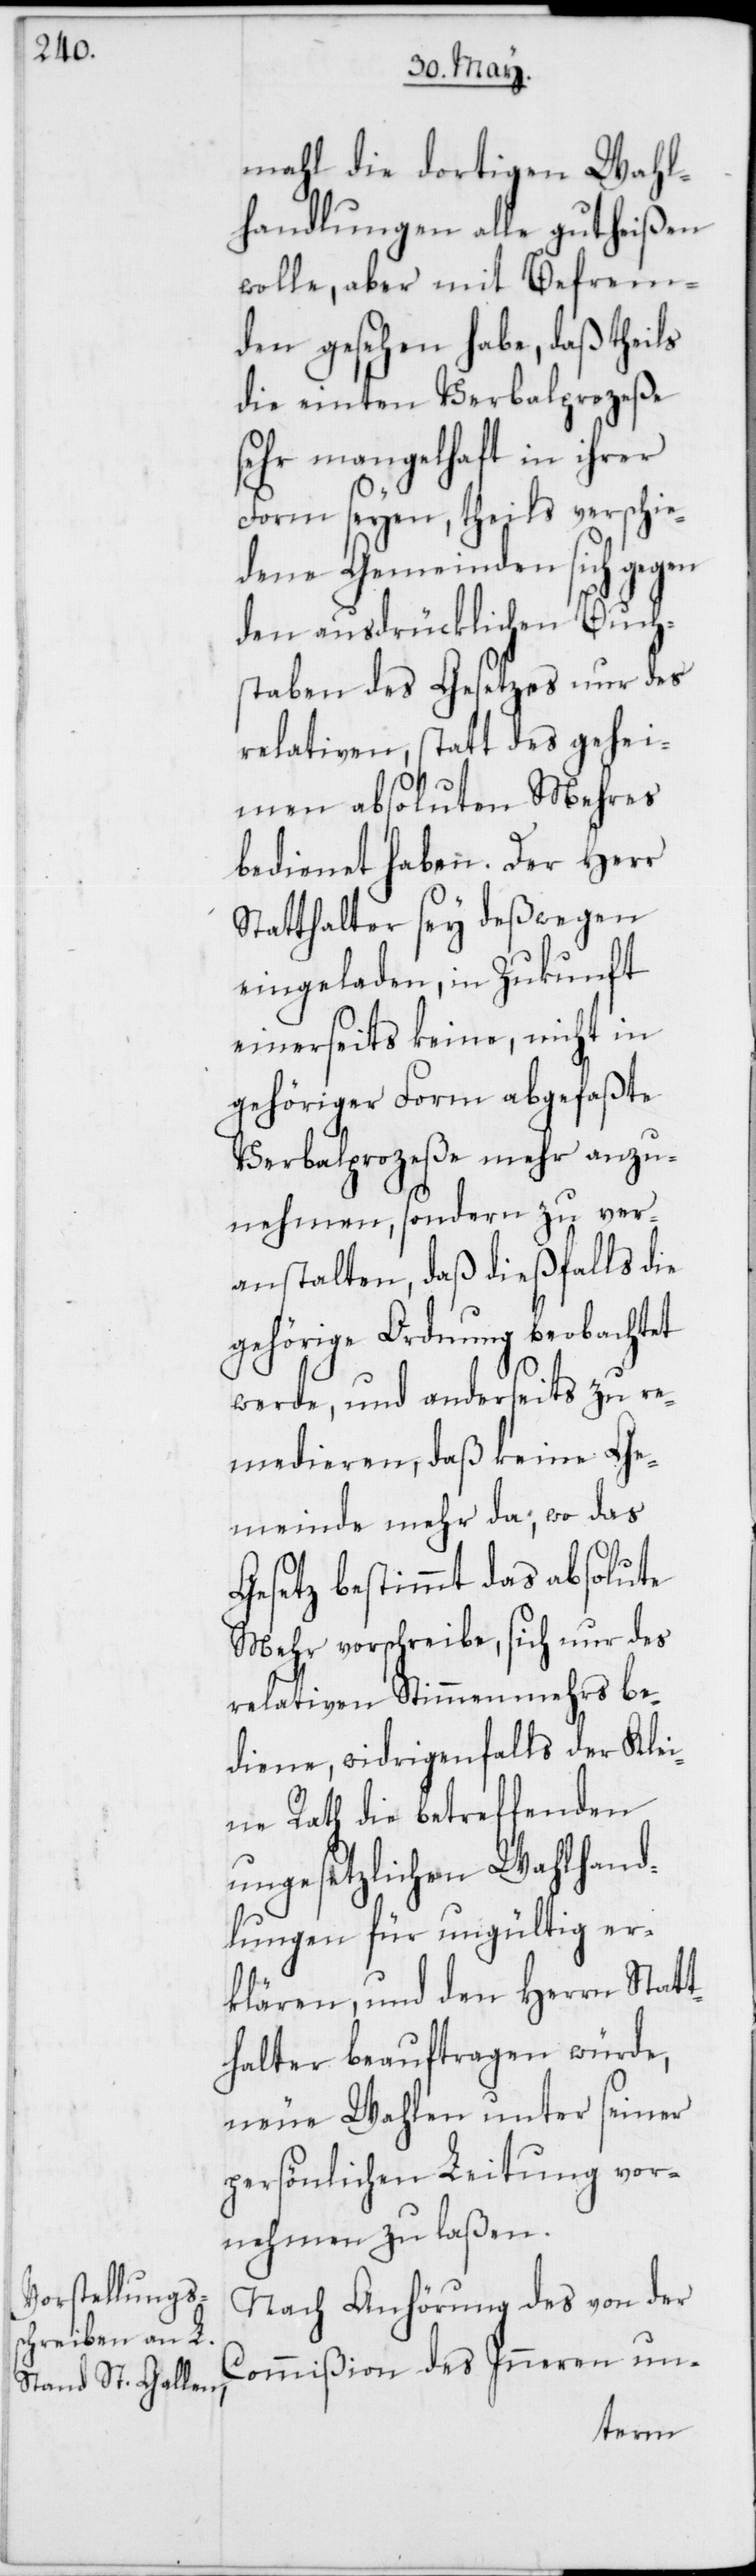
mahl die dortigen Wahl¬
handlungen alle gutheißen
wolle, aber mit Befrem¬
den gesehen habe, daß theils
die einten Verbalprozeße
sehr mangelhaft in ihrer
Form seyen, theils verschie¬
dene Gemeinden sich gegen
den ausdrücklichen Buch¬
staben des Gesetzes nur des
relativen, statt des gehei¬
men absoluten Mehres
bedienet haben. Der Herr
Statthalter sey deßwegen
eingeladen, in Zukunft
einerseits keine, nicht in
gehöriger Form abgefaßte
Verbalprozeße mehr anzu¬
nehmen, sondern zu ver¬
anstalten, daß dießfalls die
gehörige Ordnung beobachtet
werde, und anderseits zu re¬
medieren, daß keine Ge¬
meinde mehr da; wo das
Gesetz bestimmt das absolute
Mehr vorschreibe, sich nur des
relativen Stimmenmehrs be¬
diene, widrigenfalls der Klei¬
ne Rath die betreffenden
ungesetzlichen Wahlhand¬
lungen für ungültig er¬
klären, und den Herrn Statt¬
halter beauftragen würde,
neue Wahlen unter seiner
persönlichen Leitung vor¬
nehmen zu laßen.
Nach Anhörung des von der
Commißion des Inneren un-